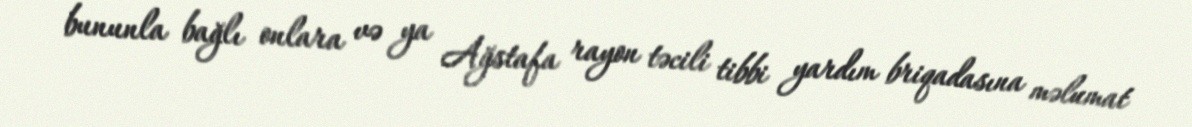
bununla bağlı onlara və ya Ağstafa rayon təcili tibbi yardım briqadasına məlumat